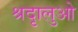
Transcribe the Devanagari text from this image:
श्रदृालुओ